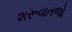
શરૂવાતજો